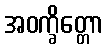
အဝက္ခိတ္တော